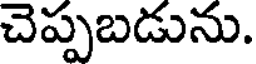
చెప్పబడును.